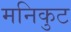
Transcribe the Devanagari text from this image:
मनिकुट